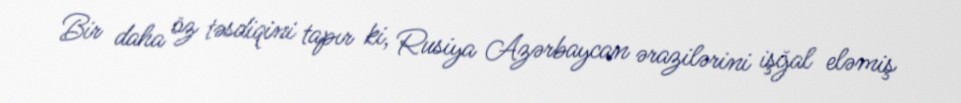
Bir daha öz təsdiqini tapır ki, Rusiya Azərbaycan ərazilərini işğal eləmiş